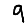
Digit: 9